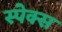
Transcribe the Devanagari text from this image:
स्पेक्स